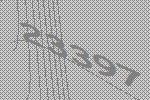
23397